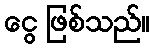
ငွေ ဖြစ်သည်။